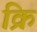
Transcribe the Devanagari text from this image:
क्रि